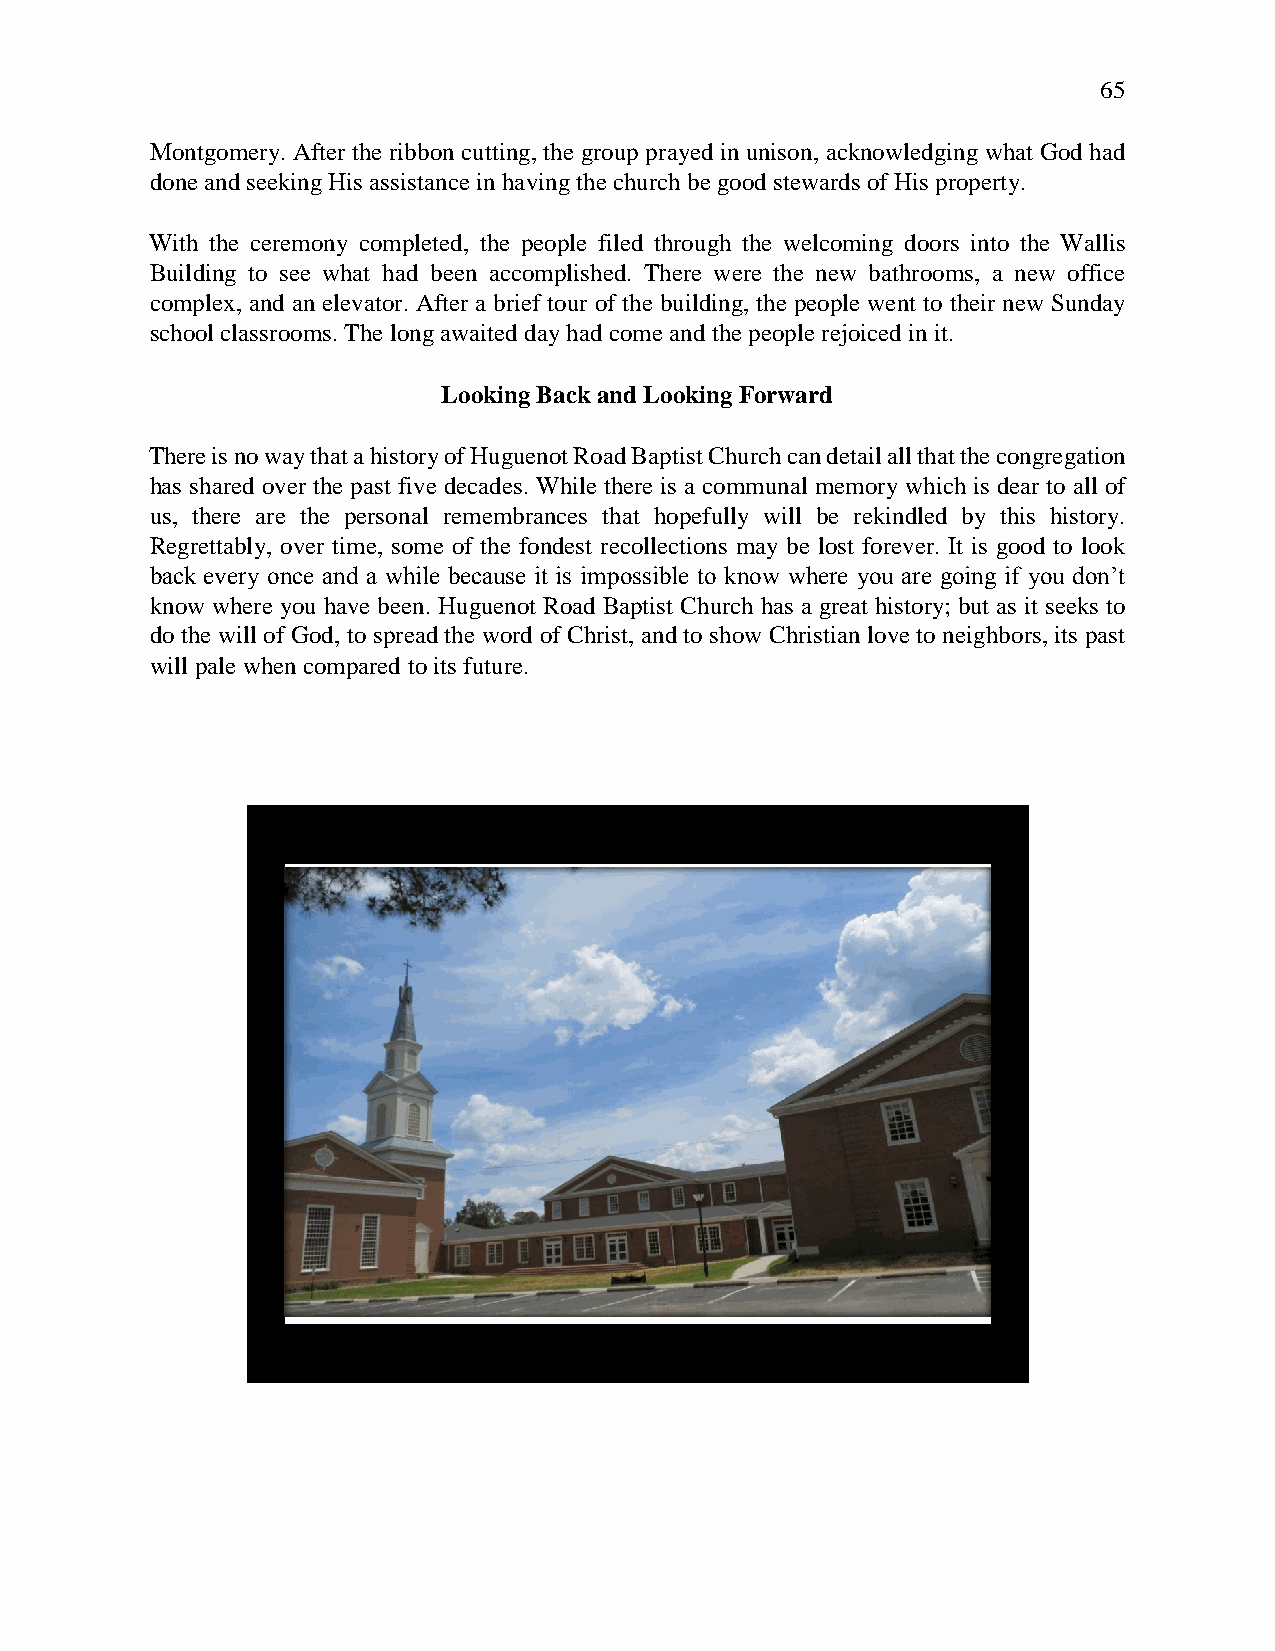
65
 Montgomery. After the ribbon cutting, the group prayed in unison, acknowledging what God had
 done and seeking His assistance in having the church be good stewards of His property.
 With the ceremony completed, the people filed through the welcoming doors into the Wallis
 Building to see what had been accomplished. There were the new bathrooms, a new office
 complex, and an elevator. After a brief tour of the building, the people went to their new Sunday
 school classrooms. The long awaited day had come and the people rejoiced in it.
 Looking Back and Looking Forward
 There is no way that a history of Huguenot Road Baptist Church can detail all that the congregation
 has shared over the past five decades. While there is a communal memory which is dear to all of
 us, there are the personal remembrances that hopefully will be rekindled by this history.
 Regrettably, over time, some of the fondest recollections may be lost forever. It is good to look
 back every once and a while because it is impossible to know where you are going if you don’t
 know where you have been. Huguenot Road Baptist Church has a great history; but as it seeks to
 do the will of God, to spread the word of Christ, and to show Christian love to neighbors, its past
 will pale when compared to its future.